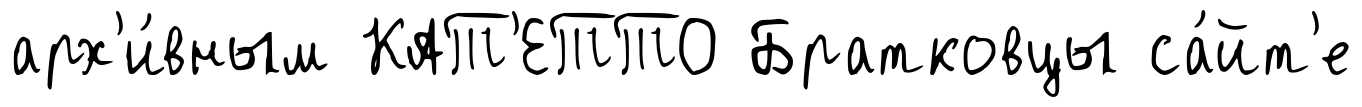
арх'и́вным КАТ'ЕТТО Братковцы са́йт'е